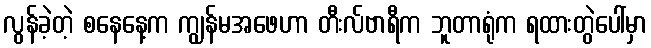
လွန်ခဲ့တဲ့ စနေနေ့က ကျွန်မအဖေဟာ တီးလ်ဗာရီက ဘူတာရုံက ရထားတွဲပေါ်မှာ